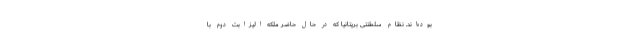
بوده‌اند. نظام سلطنتی بریتانیا که در حال حاضر ملکه الیزابت دوم با